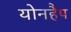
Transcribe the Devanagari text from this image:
योनहैप